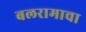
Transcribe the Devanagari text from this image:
बलरामाचा